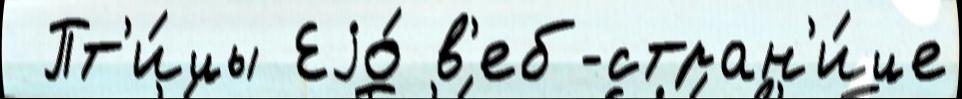
 Пт'и́цы Еjо́ в'еб-стран'и́це